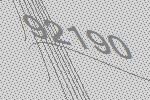
92190